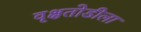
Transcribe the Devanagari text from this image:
वृक्षतोडीला